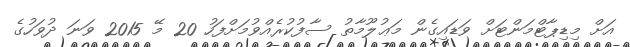
އަށް މިޑިޕާޓްމަންޓަށް ވަޑައިގެން މަޢުލޫމާތު ސާފުކުރެއްވުމަށްފަހު 20 މޭ 2015 ވަނަ ދުވަހުގެ